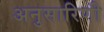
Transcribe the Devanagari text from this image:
अनुसारिणी